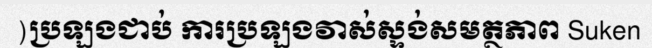
)ប្រឡងជាប់ ការប្រឡងវាស់ស្ទង់សមត្ថភាព Suken